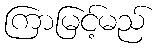
ကြာမြင့်မည်